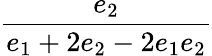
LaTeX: \displaystyle\frac{e_{2}}{e_{1}+2e_{2}-2e_{1}e_{2}}